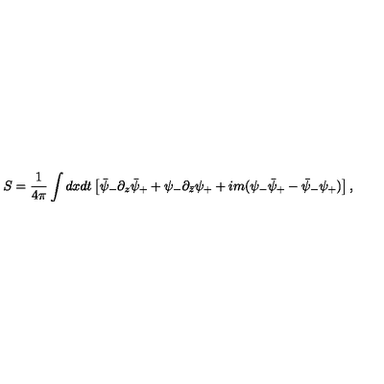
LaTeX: S = { \frac { 1 } { 4 \pi } } \int d x d t \left[ \bar { \psi } _ { - } \partial _ { z } \bar { \psi } _ { + } + \psi _ { - } \partial _ { \bar { z } } \psi _ { + } + i m ( \psi _ { - } \bar { \psi } _ { + } - \bar { \psi } _ { - } \psi _ { + } ) \right] ,